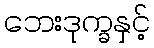
ဘေးဒုက္ခနှင့်